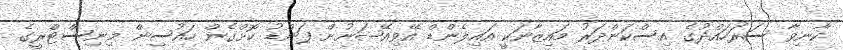
ކާނިވާ ސަރަހައްދުގެ އިސްކަންދަރު މައިޒާނަކީ އައިލެންޑް އޭވިއޭޝަނުން ފަންޑު ކޮށްގެން ހައުސިން މިނިސްޓްރީގެ